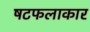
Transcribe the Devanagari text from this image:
षटफलाकार